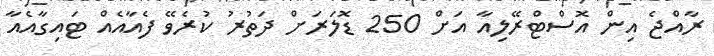
ރާއްޖެ އިން އޮސްޓްރޭލިއާ އަށް 250 ޑޮލަރަށް ދަތުރު ކުރެވޭ ފެއާއެއް ޓައިގާއެއާ